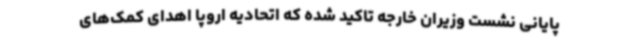
پایانی نشست وزیران خارجه تاکید شده که اتحادیه اروپا اهدای کمک‌های